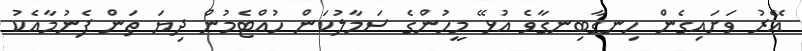
އޭރު ވަށައިގެން ހިނގާބިނގާވެ އުޅޭ މީހުންގެ ސަމާލުކަން ހުއްޓެމުން ދިޔަ ތަން ފެނުމާއެކު